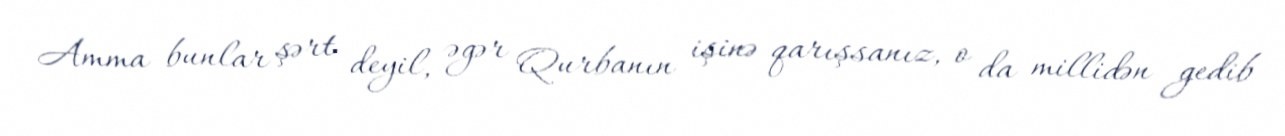
Amma bunlar şərt deyil, əgər Qurbanın işinə qarışsanız, o da millidən gedib